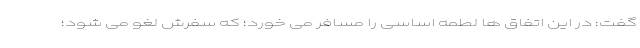
گفت: در این اتفاق ها لطمه اساسی را مسافر می خورد؛ که سفرش لغو می شود؛